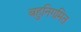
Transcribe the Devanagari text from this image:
बहुनिगमित